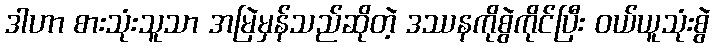
ဒါဟာ စားသုံးသူသာ အမြဲမှန်သည်ဆိုတဲ့ ဒဿနကိုစွဲကိုင်ပြီး ဝယ်ယူသုံးစွဲ